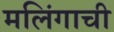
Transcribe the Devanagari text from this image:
मलिंगाची